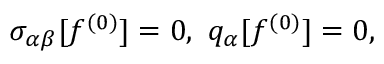
\sigma _ { \alpha \beta } [ f ^ { ( 0 ) } ] = 0 , \ q _ { \alpha } [ f ^ { ( 0 ) } ] = 0 ,